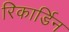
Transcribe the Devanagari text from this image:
रिकार्डिन